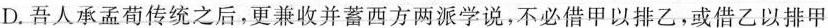
D.吾人承孟荀传统之后，更兼收并蓄西方两派学说，不必借甲以排乙，或借乙以排甲